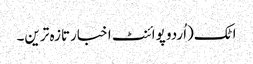
اٹک(اُردو پوائنٹ اخبارتازہ ترین۔